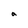
Character: a